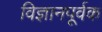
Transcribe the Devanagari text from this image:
विज्ञानपूर्वक